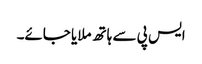
ایس پی سے ہاتھ ملایا جائے۔